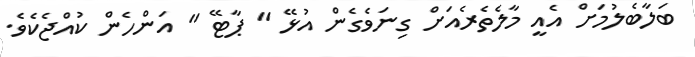
ބަލާބެލުމަށް އެއީ މާލެތެރެއަށް ގިނަވެގެން އުޅޭ " ޕާޓޭ " އަންހެން ކުއްޖެކެވެ.